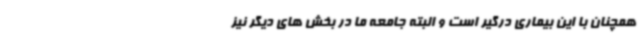
همچنان با این بیماری درگیر است و البته جامعه ما در بخش های دیگر نیز